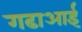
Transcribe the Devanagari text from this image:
गढाआई